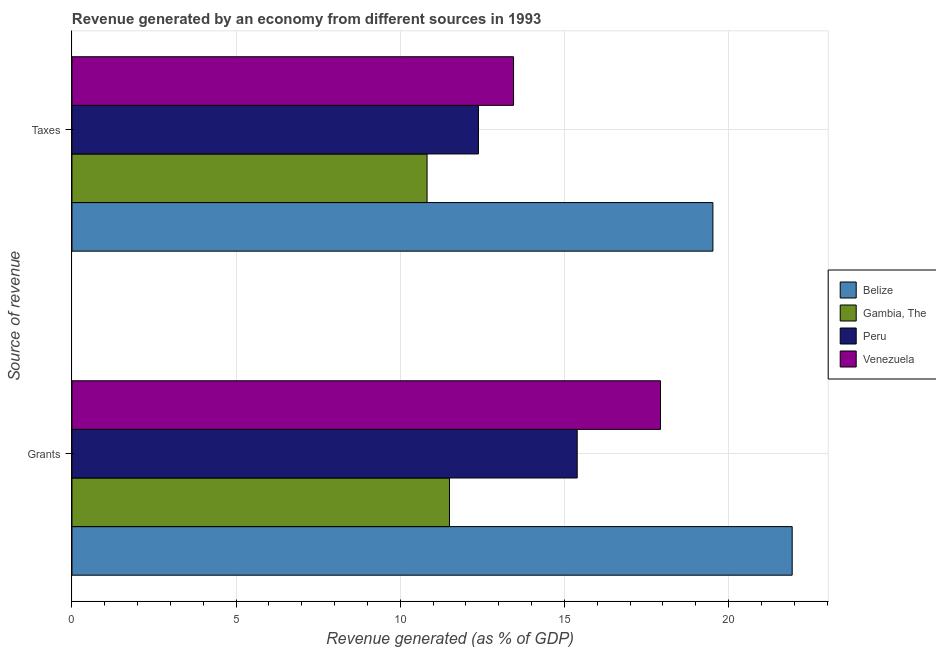
| Source of revenue | Belize | Gambia, The | Peru | Venezuela |
 | --- | --- | --- | --- | --- |
 | Grants | 21.9 | 11.5 | 15.4 | 17.9 |
 | Taxes | 19.5 | 10.8 | 12.4 | 13.4 |